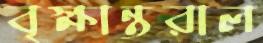
বৃক্ষান্তরাল